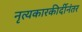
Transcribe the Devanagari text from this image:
नृत्यकारकीर्दीनंतर